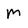
Character: M